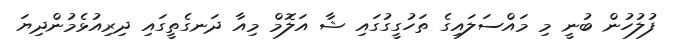
ފުލުހުން ބުނީ މި މައްސަލައިގެ ތަހުގީގުގައި ޝާ އަލޮމް މިއާ ދަނގެތީގައި ދިރިއުޅެމުންދިޔަ